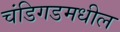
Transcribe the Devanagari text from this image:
चंडिगडमधील